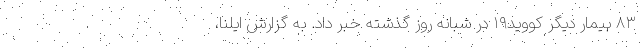
۸۳ بیمار دیگر کووید۱۹ در شبانه روز گذشته خبر داد. به گزارش ایلنا،